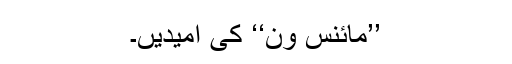
’’مائنس ون‘‘ کی اُمیدیں۔